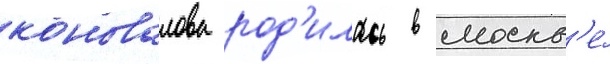
коновалова род'илась в москв'е́